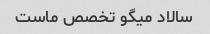
سالاد میگو تخصص ماست